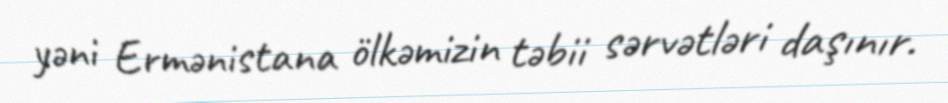
yəni Ermənistana ölkəmizin təbii sərvətləri daşınır.